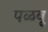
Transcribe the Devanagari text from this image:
पळवू